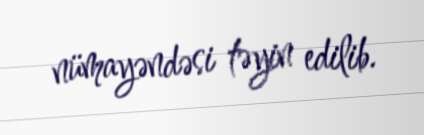
nümayəndəsi təyin edilib.